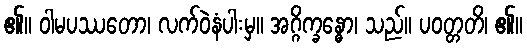
၏။ ဝါမပဿတော၊ လက်ဝဲနံပါးမှ။ အဂ္ဂိက္ခန္ဓော၊ သည်။ ပဝတ္တတိ၊ ၏။